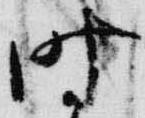
時